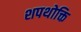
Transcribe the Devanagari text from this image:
शपथोक्ति